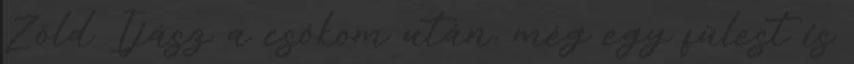
Zöld Íjász a csókom után, még egy fülest is